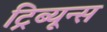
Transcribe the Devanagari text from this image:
ट्रिब्यून्स